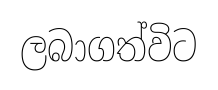
ලබාගත්විට